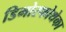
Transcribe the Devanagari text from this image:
डिमोरफोथेका